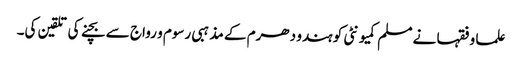
علما و فقہا نے مسلم کمیونٹی کو ہندو دھرم کے مذہبی رسوم و رواج سے بچنے کی تلقین کی۔